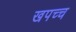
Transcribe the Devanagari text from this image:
खपच्च